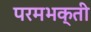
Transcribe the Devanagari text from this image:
परमभक्ती